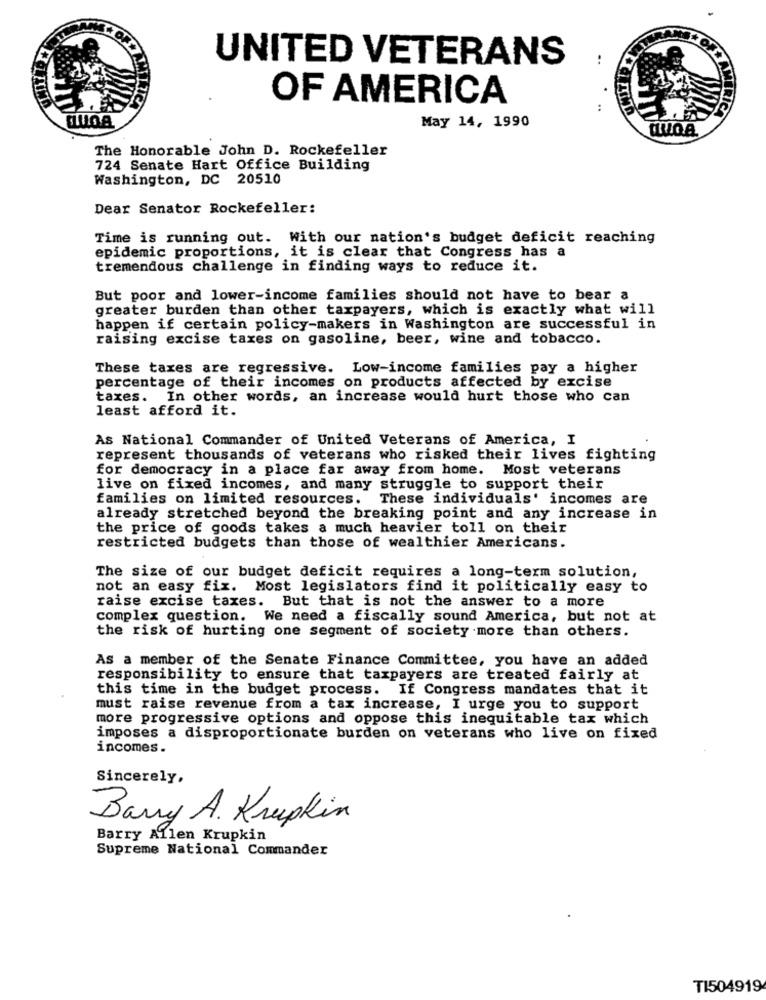
UNITED VETERANS
OF AMERICA
GUGA
May 14, 1990
AMERICA
The Honorable John D. Rockefeller
724 Senate Hart Office Building
Washington, DC 20510
Dear Senator Rockefeller:
Time is running out. With our nation's budget deficit reaching
epidemic proportions, it is clear that Congress has a
tremendous challenge in finding ways to reduce it.
But poor and lower-income families should not have to bear a
greater burden than other taxpayers, which is exactly what will
happen if certain policy-makers in Washington are successful in
raising excise taxes on gasoline, beer, wine and tobacco.
These taxes are regressive. Low-income families pay a higher
percentage of their incomes on products affected by excise
taxes. In other words, an increase would hurt those who can
least afford it.
As National Commander of United Veterans of America, I
represent thousands of veterans who risked their lives fighting
for democracy in a place far away from home. Most veterans
live on fixed incomes, and many struggle to support their
families on limited resources. These individuals' incomes are
already stretched beyond the breaking point and any increase in
the price of goods takes a much heavier toll on their
restricted budgets than those of wealthier Americans.
The size of our budget deficit requires a long-term solution,
not an easy fix. Most legislators find it politically easy to
raise excise taxes. But that is not the answer to a more
complex question.
We need a fiscally sound America, but not at
the risk of hurting one segment of society more than others.
As a member of the Senate Finance Committee, you have an added
responsibility to ensure that taxpayers are treated fairly at
this time in the budget process. If Congress mandates that it
must raise revenue from a tax increase, I urge you to support
more progressive options and oppose this inequitable tax which
imposes a disproportionate burden on veterans who live on fixed
incomes .
Sincerely,
Barry A. Krupkin
Barry Allen Krupkin
Supreme National Commander
TI504919